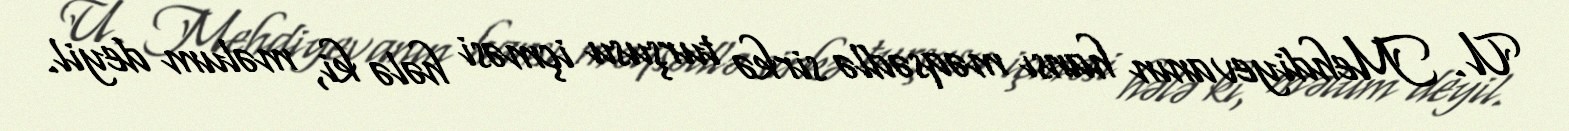
U. Mehdiyevanın hansı məqsədlə sirkə turşusu içməsi hələ ki, məlum deyil.